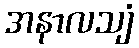
အနာလသျံ